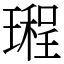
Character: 𤩏